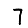
Digit: 7